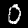
Label: 0